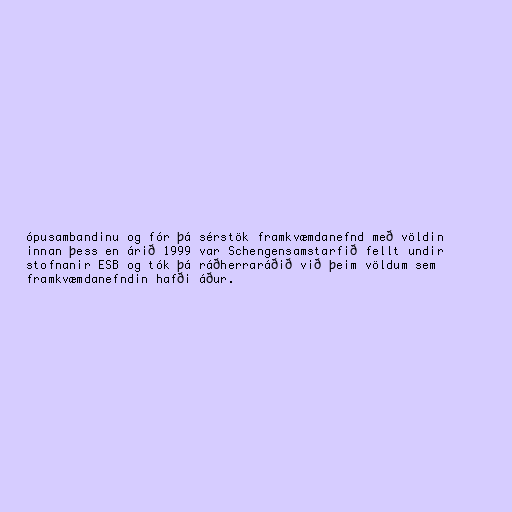
ópusambandinu og fór þá sérstök framkvæmdanefnd með völdin
innan þess en árið 1999 var Schengensamstarfið fellt undir
stofnanir ESB og tók þá ráðherraráðið við þeim völdum sem
framkvæmdanefndin hafði áður.